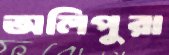
অলিপুরা